Report of the Indian Hemp Drugs Commission, 1894-1895 - Volume VII
Year: 1894
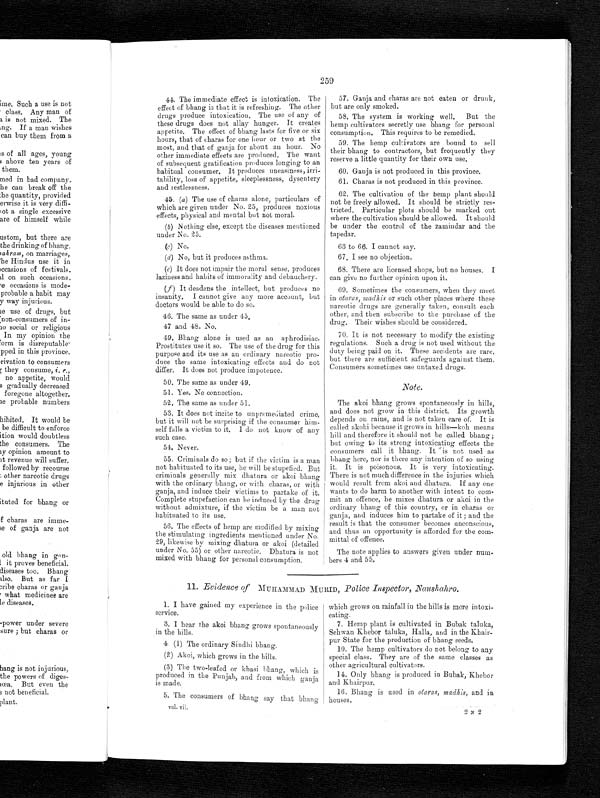
259
44. The immediate effect is intoxication. The
effect of bhang is that it is refreshing. The other
drugs produce intoxication. The use of any of
these drugs does not allay hunger. It creates
appetite. The effect of bhang lasts for five or six
hours, that of charas for one hour or two at the
most, and that of ganja for about an hour. No
other immediate effects are produced. The want
of subsequent gratification produces longing to an
habitual consumer. It produces uneasiness, irri-
tability, loss of appetite, sleeplessness, dysentery
and restlessness.
45. (a) The use of charas alone, particulars of
which are given under No. 25, produces noxious
effects, physical and mental but not moral.
( b) Nothing else, except the diseases mentioned
under No. 25.
(c) No.
(d) No, but it produces asthma.
( e ) I t d o e s n o t i m p a i r t h e m o r a l s e n s e , p r o d u c e s
laziness and habits of immorality and debauchery.
(f) It deadens the intellect, but produces no
insanity. I cannot give any more account, but
doctors would be able to do so.
46. The s ame as under 45.
47 and 48. No.
49. Bhang alone is used as an aphrodisiac.
Prostitutes use it so. The use of the drug for this
purpose and its use as an ordinary narcotic pro-
duce the same intoxicating effects and do not
differ. It does not produce impotence.
5 0 . T h e s a m e a s u n d e r 4 9 .
5 1 . Y e s . N o c o n n e c t i o n .
5 2 . T h e s a m e a s u n d e r 5 1 .
53. It does not incite to unpremediated crime,
but it will not be surprising if the consumer him--
self falls a victim to it. I do not know of any
such case.
54. Never.
5 5 . C r i m i n a l s d o s o ; b u t i f t h e v i c t i m i s a m a n
not habituated to its use, he will be stupefied. But
criminals generally mix dhatura or akoi bhang
with the ordinary bhang, or with charas, or with
g a n j a , a n d i n d u c e t h e i r v i c t i ms t o p a r t a k e o f i t . C o mp l e t e s t u p e f a c t i o n c a n b e i n d u c e d b y t h e d r u g
without admixture, if the victim be a man not
habituated to its use.
56. The effects of hemp are modified by mixing
the stimulating ingredients mentioned under No.
29, likewise by mixing dhatura or akoi (detailed
under No. 55) or other narcotic. Dhatura is not
mixed with bhang for personal consumption.
57. Ganja and charas are not eaten or drunk,
but are only smoked.
58. The system is working well. But the
hemp cultivators secretly use bhang for personal
consumption. This requires to be remedied.
59. The hemp cultivators are bound to sell
their bhang to contractors, but frequently they
reserve a little quantity for their own use.
60. Ganja is not produced in this province.
61. Charas is not produced in this province.
62. The cultivation of the hemp plant should
not be freely allowed. It should be strictly res--
tricted. Particular plots should be marked out
where the cultivation should be allowed. It should
be under the control of the zamindar and the
tapedar.
63 to 66. I cannot say.
67. I see no objection.
68. There are licensed shops, but no houses. I
can give no further opinion upon it.
69. Sometimes the consumers, when they meet
in otaras, madhis or such other places where these
narcotic drugs are generally taken, consult each
other, and then subscribe to the purchase of the
drug. Their wishes should be considered.
70. It is not necessary to modify the existing
regulations. Such a drug is not used without the
duty being paid on it. These accidents are rare,
but there are sufficient safeguards against them.
Consumers sometimes use untaxed drugs.
Note.
The akoi bhang grows spontaneously in hills,
and does not grow in this district. Its growth
depends on rains, and is not taken care of. It is
called akohi because it grows in hills—koh means
hill and therefore it should not be called bhang;
but owing to its strong intoxicating effects the
consumers call it bhang. It is not used as
bhang here, nor is there any intention of so using
it. It is poisonous. It is very intoxicating.
There is not much difference in the injuries which
would result from akoi and dhatura. If any one
wants to do harm to another with intent to com-
m i t a n o f f e n c e , h e m i x e s d h a t u r a o r a k o i i n t h e o r d i n a r y b h a n g o f t h i s c o u n t r y , o r i n c h a r a s o r
ganja, and induces him to partake of it; and the
result is that the consumer becomes unconscious,
and thus an opportunity is afforded for the com--
mittal of offence.
The note applies to answers given under num-
- bers 4 and 55,
11. Evidence of MUHAMMAD MURID, Police Inspector, Naushahro.
1. I have gained my experience in the police
service.
3. I hear the akoi bhang grows spontaneously
in the hills.
4 (1) The ordinary Sindhi bhang.
(2) Akoi, which grows in the hills.
(3) The two-leafed or khasi bhang, which is
produced in the Punjab, and from which ganja
is made.
5. The consumers of bhang say that bhang
which grows on rainfall in the hills is more
intoxi-cating.
7. Hemp plant is cultivated in Bubak taluka,
Sehwan Khebor taluka, Halla, and in the
K h a i r - p u r S t a t e f o r t h e p r o d u c t i o n o f b h a n g s e e d s .
10. The hemp cultivators do not belong to any
special class. They are of the same classes as
other agricultural cultivators.
14. Only bhang is produced in Bubak, Khebor
and Khairpur.
16. Bhang is used in otaras, madhis, and in
houses.
vol. vii.
2 N 2